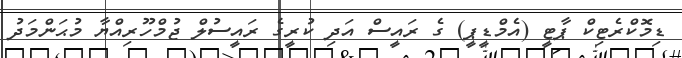
ޑިމޮކްރެޓިކް ޕާޓީ (އެމްޑީޕީ) ގެ ރައީސް އަދި ކުރީގެ ރައީސުލް ޖުމްހޫރިއްޔާ މުޙަންމަދު